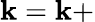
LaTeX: \mathbf{k}=\mathbf{k}+